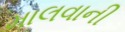
માલવાની